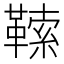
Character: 𩌈